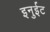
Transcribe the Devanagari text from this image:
इनुईट